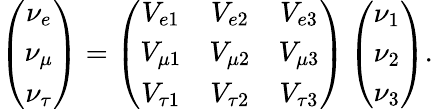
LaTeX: \left(\begin{array}{c}{{\nu_{e}}}\\ {{\nu_{\mu}}}\\ {{\nu_{\tau}}}\end{array}\right)=\left(\begin{array}{ccc}{{V_{e1}}}&{{V_{e2}}}&{{V_{e3}}}\\ {{V_{\mu 1}}}&{{V_{\mu 2}}}&{{V_{\mu 3}}}\\ {{V_{\tau 1}}}&{{V_{\tau 2}}}&{{V_{\tau 3}}}\end{array}\right)\left(\begin{array}{c}{{\nu_{1}}}\\ {{\nu_{2}}}\\ {{\nu_{3}}}\end{array}\right).